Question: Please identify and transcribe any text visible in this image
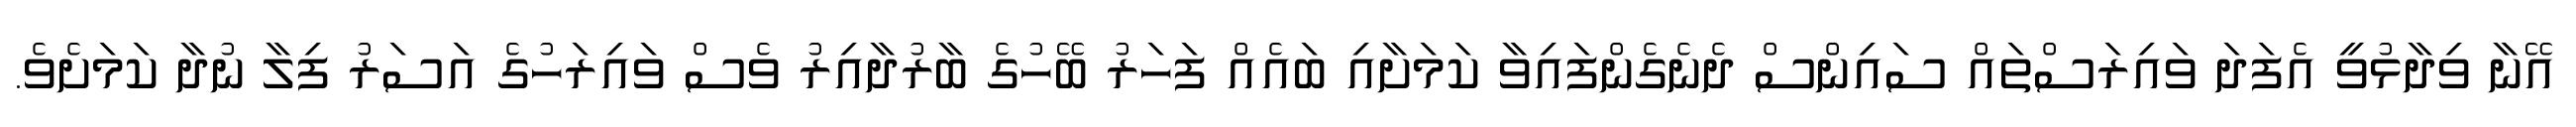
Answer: އޭނާ ވިދާޅުވީ އެފަދަ ވައިރަސްތައް ސައިންސް ދެނެގެންފައިވާ ކަމަށާއި ބައެއް ފަހަރު ބޭހުގެ ބާރުދާއިރު ވެސް ވައިރަހުގެ އަސަރު ފިލާ ނުދާ ކަމަށެވެ.